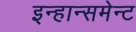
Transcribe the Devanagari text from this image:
इन्हान्समेन्ट